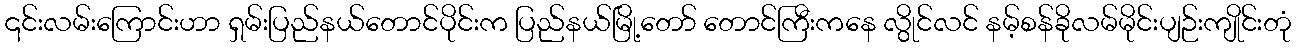
၎င်းလမ်းကြောင်းဟာ ရှမ်းပြည်နယ်တောင်ပိုင်းက ပြည်နယ်မြို့တော် တောင်ကြီးကနေ လွိုင်လင် နမ့်စန်ခိုလမ်မိုင်းပျဉ်းကျိုင်းတုံ